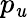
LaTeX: p_{\mathit{u}}